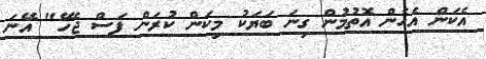
އެކަން އެހެން އޮތުމުން ގިނަ ބަޔަކު މިކަން ކުރަން ފަސް ޖެހޭ" އޭނަ